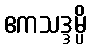
ဧကသဒ္ဒမ္ပိ